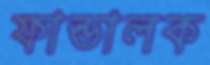
ফান্ডালক